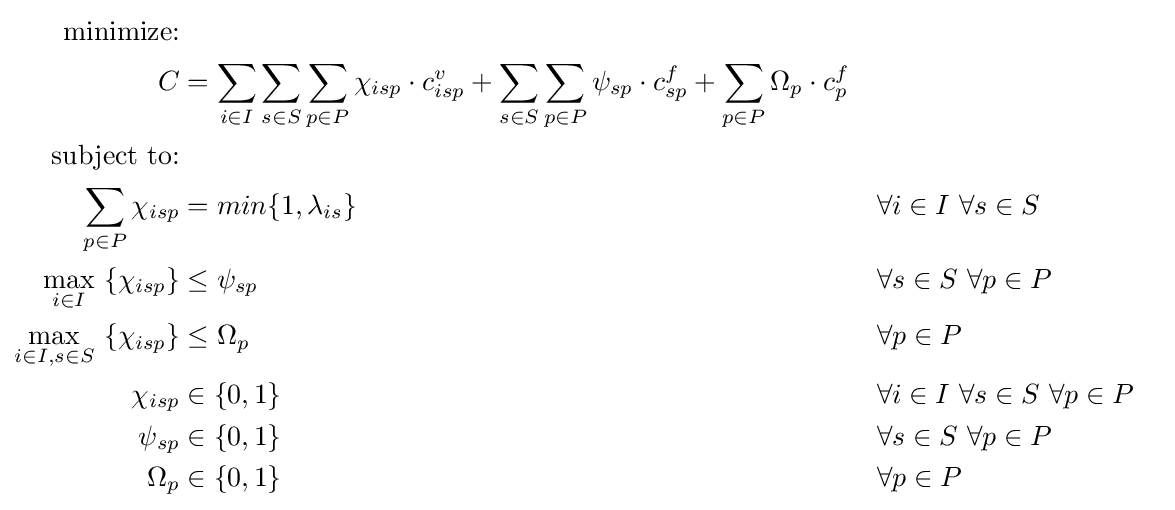
{\begin{aligned}{\text{minimize:}}\\C&=\sum _{i\in I}\sum _{s\in S}\sum _{p\in P}\chi _{isp}\cdot c_{isp}^{v}+\sum _{s\in S}\sum _{p\in P}\psi _{sp}\cdot c_{sp}^{f}+\sum _{p\in P}\Omega _{p}\cdot c_{p}^{f}\\{\text{subject to:}}\\\sum _{p\in P}\chi _{isp}&=min\{1,\lambda _{is}\}&\forall &i\in I~\forall s\in S\\{\underset {i\in I}{\operatorname {max} }}~\{\chi _{isp}\}&\leq \psi _{sp}&\forall &s\in S~\forall p\in P\\{\underset {i\in I,s\in S}{\operatorname {max} }}~\{\chi _{isp}\}&\leq \Omega _{p}&\forall &p\in P\\\chi _{isp}&\in \{0,1\}&\forall &i\in I~\forall s\in S~\forall p\in P\\\psi _{sp}&\in \{0,1\}&\forall &s\in S~\forall p\in P\\\Omega _{p}&\in \{0,1\}&\forall &p\in P\end{aligned}}